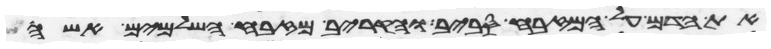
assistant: את הדם על המזבח סביב והקריב מזבח השלמים אשה